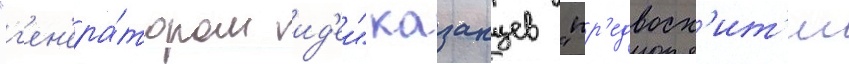
"г'ен'ера́тором ид'еи" казанцев "пр'едвосх'ит'ил